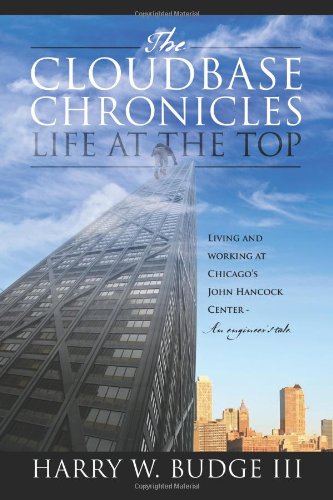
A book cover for The Cloudbase Chronicles - Life at the Top: Living and Working at Chicago's John Hancock Center - An Engineer's Tale.; Harry W. III Budge; Business & Money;